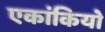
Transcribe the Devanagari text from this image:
एकांकियो